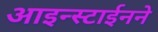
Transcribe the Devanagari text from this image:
आइन्स्टाईनने